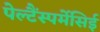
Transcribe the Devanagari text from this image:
पेल्टैंस्पर्मेसिई